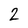
Character: 2